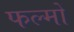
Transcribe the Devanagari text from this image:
फल्मों